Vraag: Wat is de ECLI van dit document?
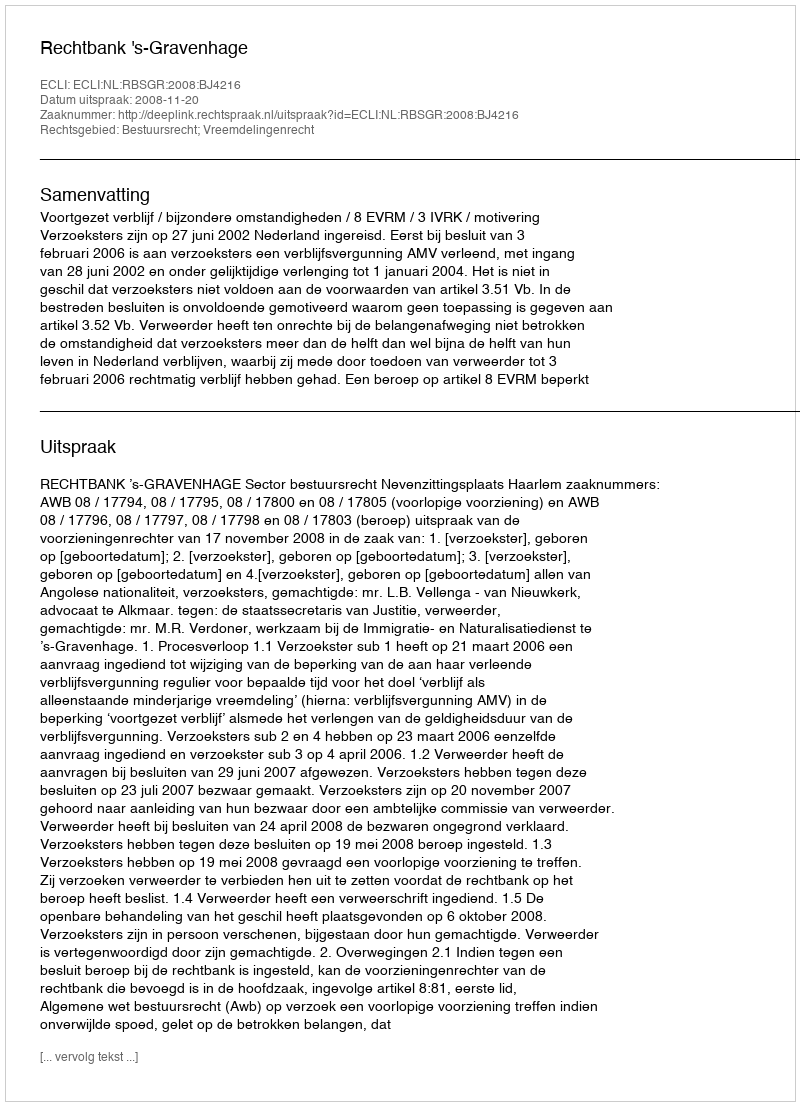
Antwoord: ECLI:NL:RBSGR:2008:BJ4216